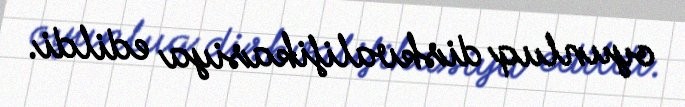
oyunluq diskvalifikasiya edildi.